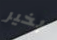
بخير